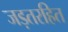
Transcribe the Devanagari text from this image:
जड़तरहित